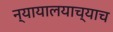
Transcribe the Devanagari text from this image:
न्यायालयाच्याच